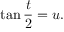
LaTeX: \tan { \frac { t } { 2 } } = u .